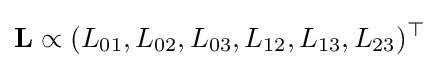
\mathbf {L} \propto (L_{01},L_{02},L_{03},L_{12},L_{13},L_{23})^{\top }